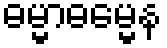
ဓမ္မာဓမ္မေန